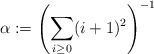
\begin{align*}\alpha:=\left(\sum_{i\ge 0} (i+1)^2 \right)^{-1}\end{align*}